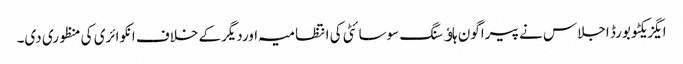
ایگزیکٹو بورڈ اجلاس نے پیراگون ہاﺅسنگ سوسائٹی کی انتظامیہ اوردیگرکے خلاف انکوائری کی منظوری دی۔